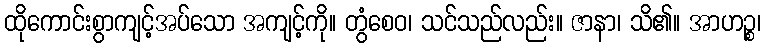
ထိုကောင်းစွာကျင့်အပ်သော အကျင့်ကို။ တွံစေဝ၊ သင်သည်လည်း။ ဇာနာ၊ သိ၏။ အာဟဉ္စ၊